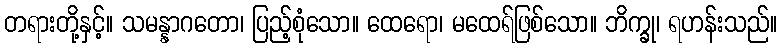
တရားတို့နှင့်။ သမန္နာဂတော၊ ပြည့်စုံသော။ ထေရော၊ မထေရ်ဖြစ်သော။ ဘိက္ခု၊ ရဟန်းသည်။